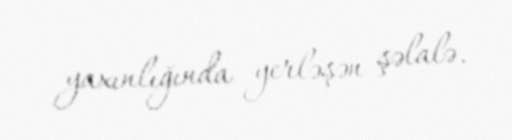
yaxınlığında yerləşən şəlalə.